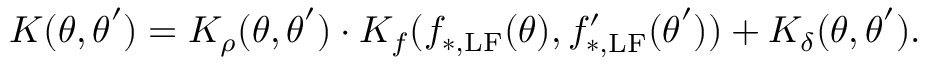
K ( \boldsymbol { \theta } , \boldsymbol { \theta } ^ { \prime } ) = K _ { \rho } ( \boldsymbol { \theta } , \boldsymbol { \theta } ^ { \prime } ) \cdot K _ { f } ( f _ { \mathrm { * , L F } } ( \boldsymbol { \theta } ) , f _ { \mathrm { * , L F } } ^ { \prime } ( \boldsymbol { \theta } ^ { \prime } ) ) + K _ { \delta } ( \boldsymbol { \theta } , \boldsymbol { \theta } ^ { \prime } ) .